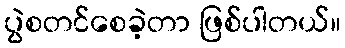
ပွဲစတင်စေခဲ့တာ ဖြစ်ပါတယ်။